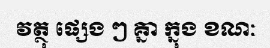
វត្ថុ ផ្សេង ៗ គ្នា ក្នុង ខណៈ